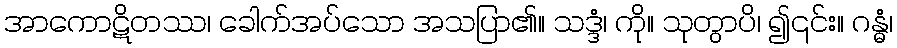
အာကောဋိတဿ၊ ခေါက်အပ်သော အသပြာ၏။ သဒ္ဒံ၊ ကို။ သုတွာပိ၊ ၍၎င်း။ ဂန္ဓံ၊